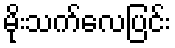
မိုးသက်လေပြင်း